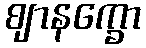
ဈာနက္ခော